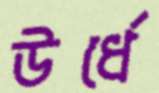
উর্ধে